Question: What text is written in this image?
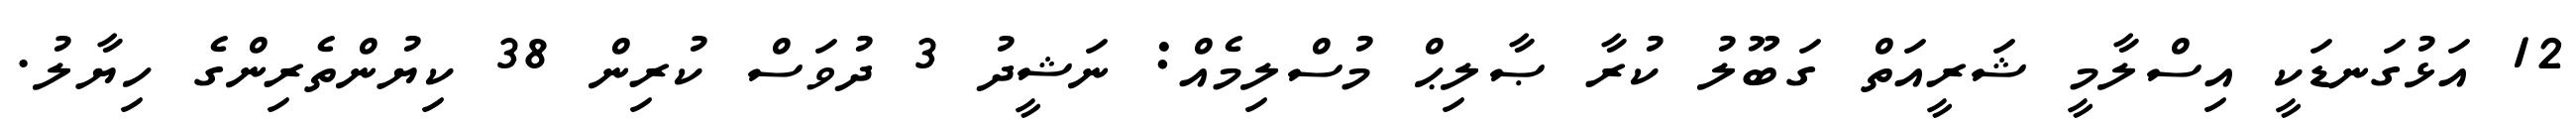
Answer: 12 އަޅުގަނޑަކީ އިސްލާމީ ޝަރީއަތް ގަބޫލު ކުރާ ޞާލިޙް މުސްލިމެއް: ނަޝީދު 3 ދުވަސް ކުރިން 38 ކިޔުންތެރިންގެ ހިޔާލު.